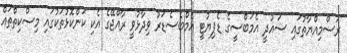
ރަސްމިއްޔާތުގައި ސައުދީ އެމަބްސީގެ ޑެޕިޔުޓީ އެމްބެސެޑަރު ވިދާޅުވީ ރާއްޖޭގެ އެކި ކަންކޮޅުތަކުގައި މިސްކިތްތައް